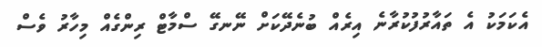
އެކަމަކު އެ ތައާރުފުކުރާނެ އިރެއް ބުނެދޭކަށް ނޭނގޭ ސްމާޓް ރިންގެއް މިހާރު ވެސް